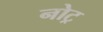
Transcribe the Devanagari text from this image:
नोट्र